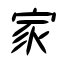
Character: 家